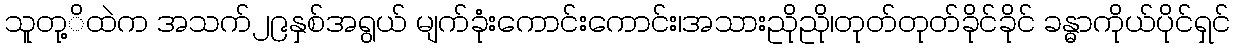
သူတု့ိထဲက အသက်၂၉နှစ်အရွယ် မျက်ခုံးကောင်းကောင်း၊အသားညိုညို၊တုတ်တုတ်ခိုင်ခိုင် ခန္ဓာကိုယ်ပိုင်ရှင်